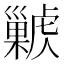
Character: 𢀊